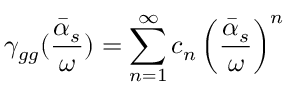
\gamma _ { g g } ( { \frac { \bar { \alpha } _ { s } } { \omega } } ) = \sum _ { n = 1 } ^ { \infty } c _ { n } \left( { \frac { \bar { \alpha } _ { s } } { \omega } } \right) ^ { n }